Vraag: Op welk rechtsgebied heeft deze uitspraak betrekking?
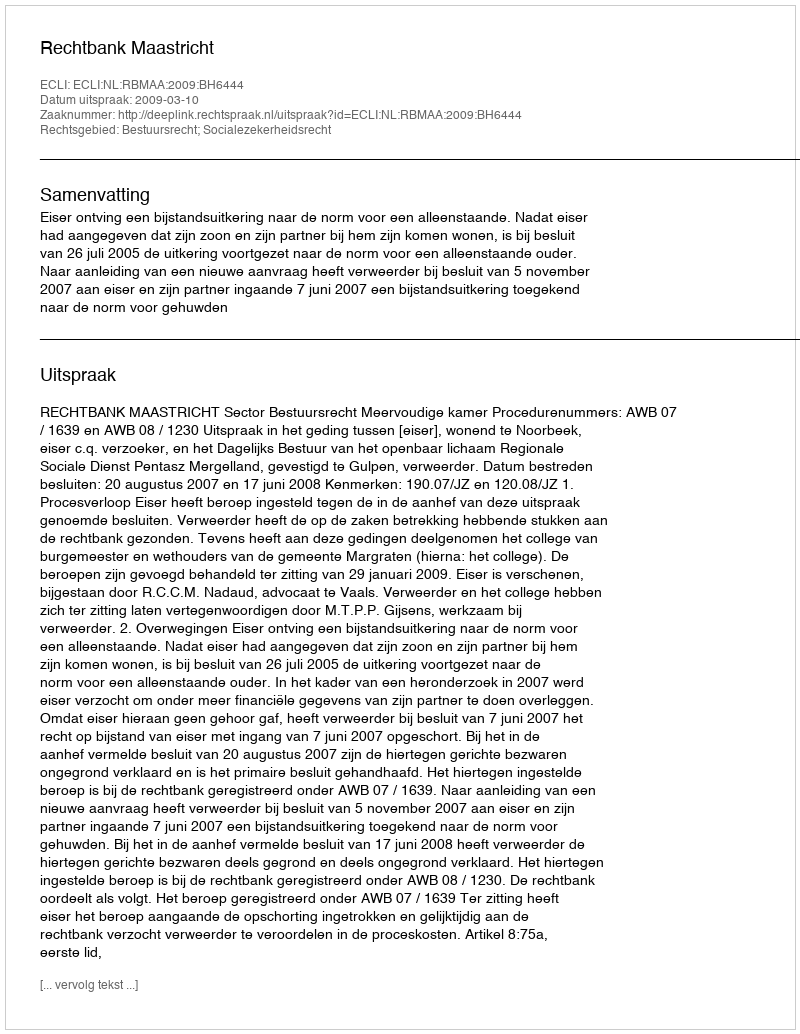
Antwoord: Bestuursrecht; Socialezekerheidsrecht